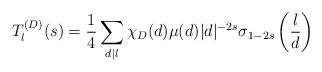
LaTeX: \begin{align*}T_{l}^{(D)}(s)=\frac{1}{4}\sum_{d|l}\chi_D(d)\mu(d)|d|^{-2s}\sigma_{1-2s}\left(\frac{l}{d}\right)\end{align*}